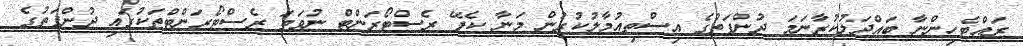
ރައްޓެހިންނާ ބައްދަލުކުރާނަމަ ދުންފަތުގެ އިސްތިއުމާލުކުރުން މަނާ ކެފޭ ރެސްޓޯރަންޓް ނުވަތަ ރެސްޓޯރަންޓްތަކުގައި ދުންފަތުގެ